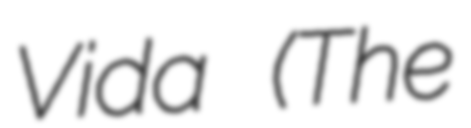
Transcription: Vida (The